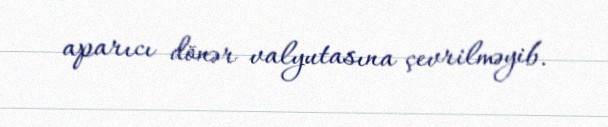
aparıcı dönər valyutasına çevrilməyib.